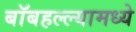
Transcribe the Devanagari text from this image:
बॉबहल्ल्यामध्ये